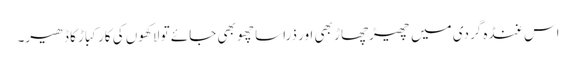
اس غنڈہ گردی میں چھیڑچھاڑ بھی اور ذراسا چھو بھی جائے تو لاکھوں کی کار کباڑ کا ڈھیر۔